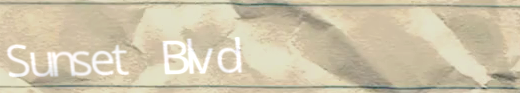
Sunset Blvd